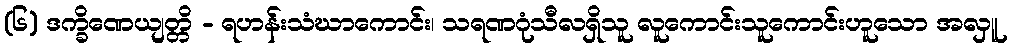
(၆) ဒက္ခိဏေယျတ္တိ - ရဟန်းသံဃာကောင်း၊ သရဏဂုံသီလရှိသူ လူကောင်းသူကောင်းဟူသော အလှူ